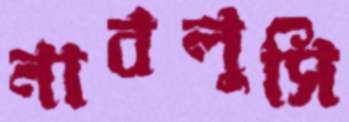
নাবলুসি